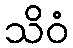
သိဝံ